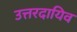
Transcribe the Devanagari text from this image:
उत्तरदायिव